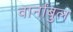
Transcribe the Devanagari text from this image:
वार्नांबुल